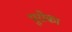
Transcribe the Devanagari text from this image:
पुरोका